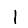
Digit: 1